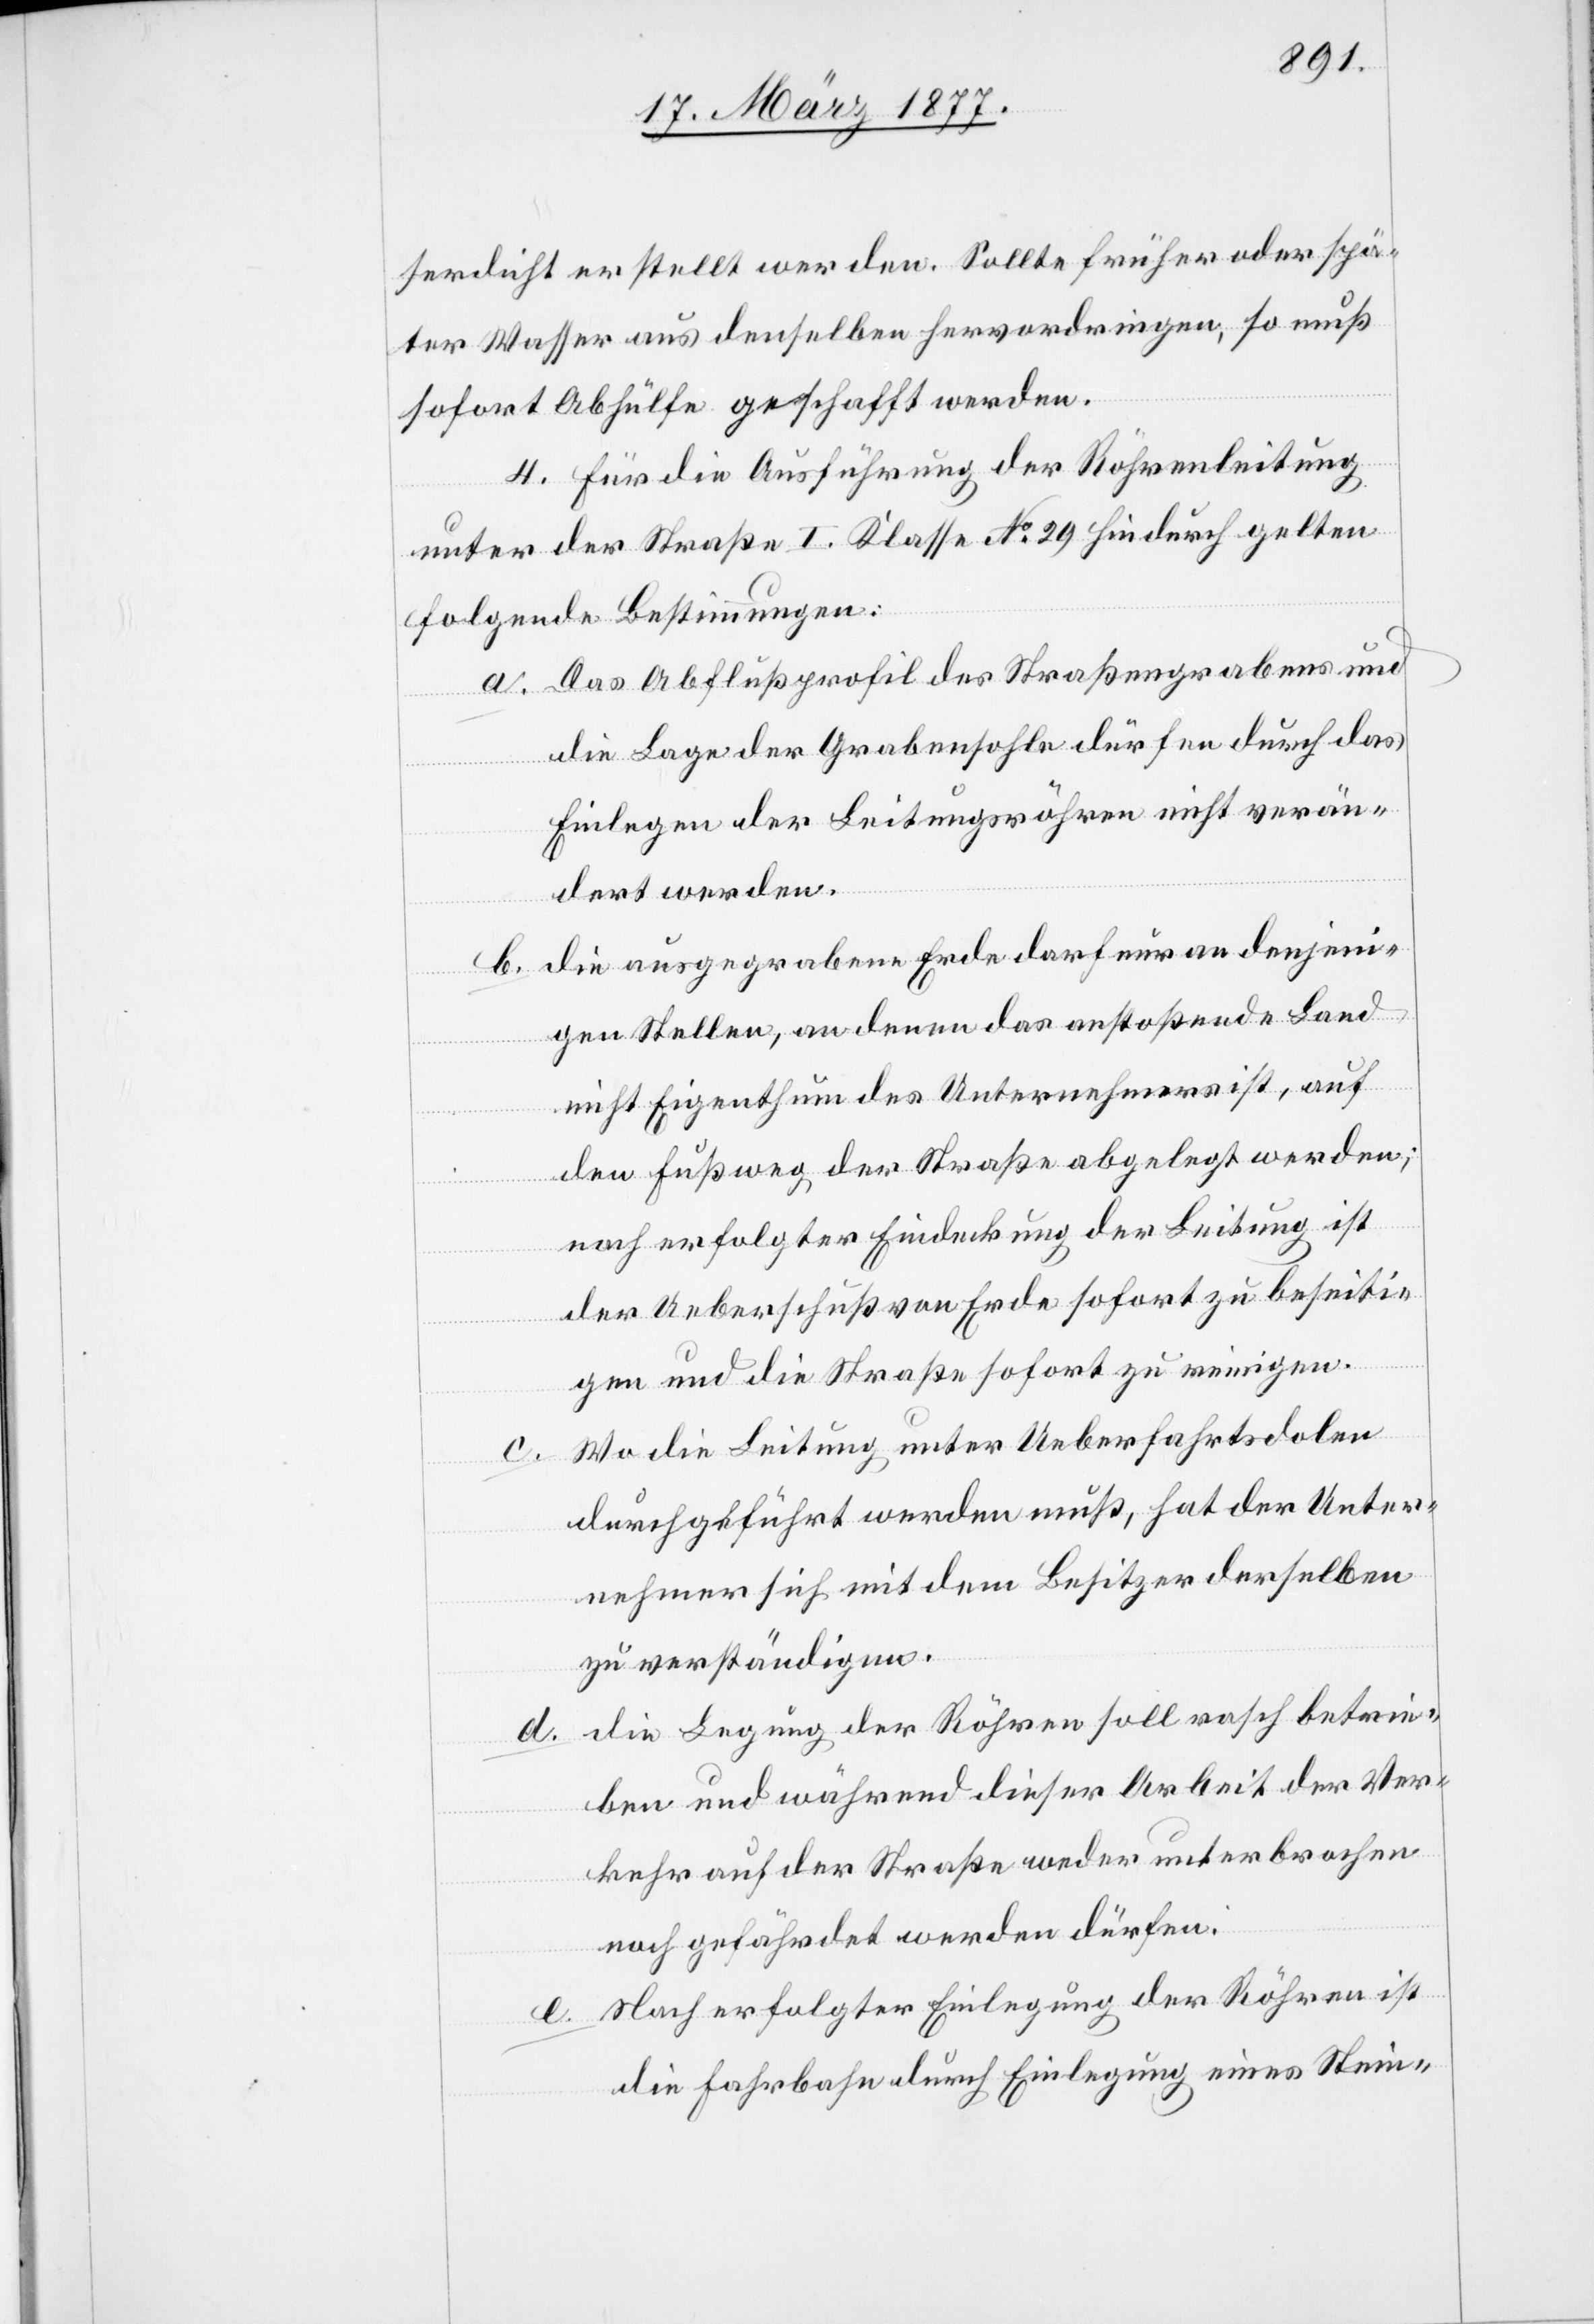
serdicht erstellt werden. Sollte früher oder spä¬
ter Wasser aus denselben hervordringen, so muß
sofort Abhülfe geschafft werden.
4. Für die Ausführung der Röhrenleitung
unter der Straße I. Klasse No 29 hindurch gelten
folgende Bestimmungen:
a. Das Abflußprofil des Straßengrabens und
die Lage der Grabensohle dürfen durch das
Einlegen der Leitungsröhren nicht verän¬
dert werden.
Die ausgegrabene Erde darf nur an denjeni¬
b.
gen Stellen, an denen das anstoßende Land
nicht Eigenthum des Unternehmers ist, auf
den Fußweg der Straße abgelegt werden;
nach erfolgter Eindeckung der Leitung ist
der Ueberschuß von Erde sofort zu beseiti¬
gen und die Straße sofort zu reinigen.
Wo die Leitung unter Ueberfahrtsdolen
durchgeführt werden muß, hat der Unter¬
nehmer sich mit dem Besitzer derselben
zu verständigen.
d. Die Legung der Röhren soll rasch betrie¬
ben und während dieser Arbeit der Ver¬
kehr auf der Straße weder unterbrochen
noch gefährdet werden dürfen.
e. Nach erfolgter Einlegung der Röhren ist
die Fahrbahn durch Einlegung eines Stein-